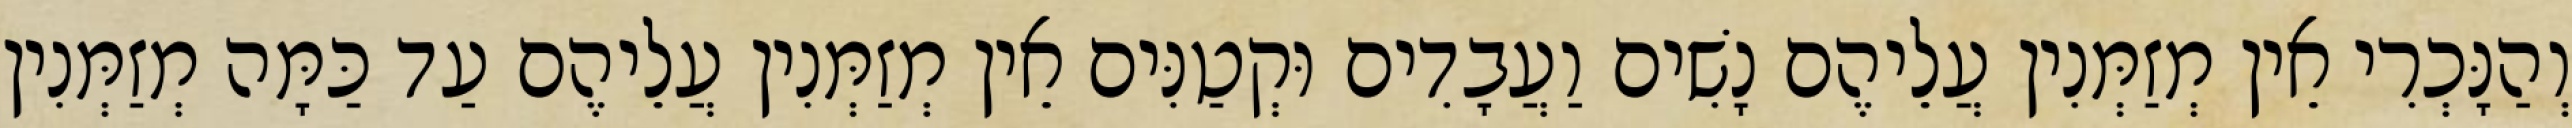
וְהַנָּכְרִי אֵין מְזַמְּנִין עֲלֵיהֶם נָשִׁים וַעֲבָדִים וּקְטַנִּים אֵין מְזַמְּנִין עֲלֵיהֶם עַד כַּמָּה מְזַמְּנִין